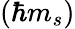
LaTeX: \left(\hbar m_{s}\right)